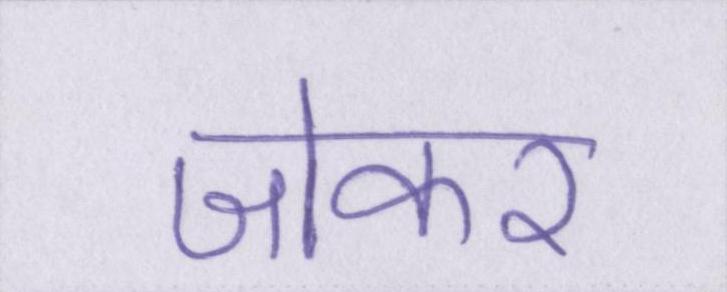
जोकर